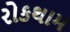
રોકથામ